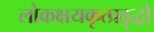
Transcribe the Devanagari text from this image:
लोकक्षयकृत्प्रवृद्धो